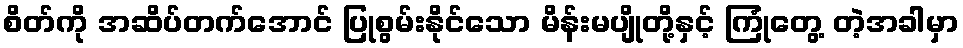
စိတ်ကို အဆိပ်တက်အောင် ပြုစွမ်းနိုင်သော မိန်းမပျိုတို့နှင့် ကြုံတွေ့ တဲ့အခါမှာ